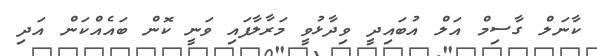
ކާނަލް ގާސިމް އަލް އުބައިދީ ވިދާޅުވީ މަރާލާފައި ވަނީ ކޮން ބައެއްކަން އަދި